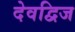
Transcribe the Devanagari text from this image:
देवद्विज